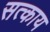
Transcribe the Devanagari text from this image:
सत्काय